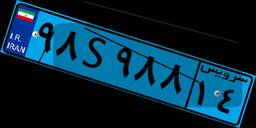
۹۸S۹۸۸۱۴